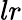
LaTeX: lr